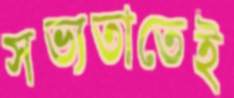
সভ্যতাতেই